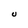
Character: U